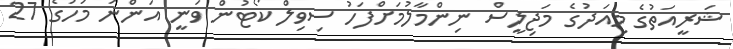
ޝަރީއަތުގެ މިއަދުގެ މަޖިލީސް ނިންމާލުމަށްފަހު ސިވިލް ކޯޓުން ވަނީ އަންނަ މަހުގެ 27